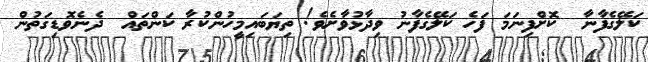
ކަލޭގެފާނާ  ކޮށްފިނަމަ ފަހެ ކަލޭގެފާނު ވިދާޅުވާށެވެ! ތިޔަބައިމީހުންކުރާ ކަންތައް  ދެނެވޮޑިގަތުން